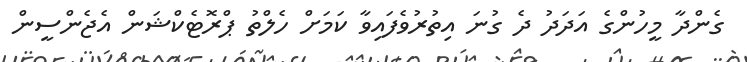
ގެންދާ މީހުންގެ އަދަދު ދެ ގުނަ އިތުރުވެފައިވާ ކަމަށް ހެލްތު ޕްރޮޓެކްޝަން އެޖެންސީން